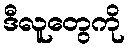
ဒီလူတွေကို